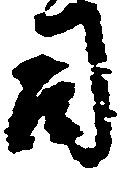
司